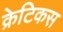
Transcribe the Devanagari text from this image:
क्रेटिकस